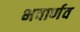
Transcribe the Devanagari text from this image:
भवार्णव